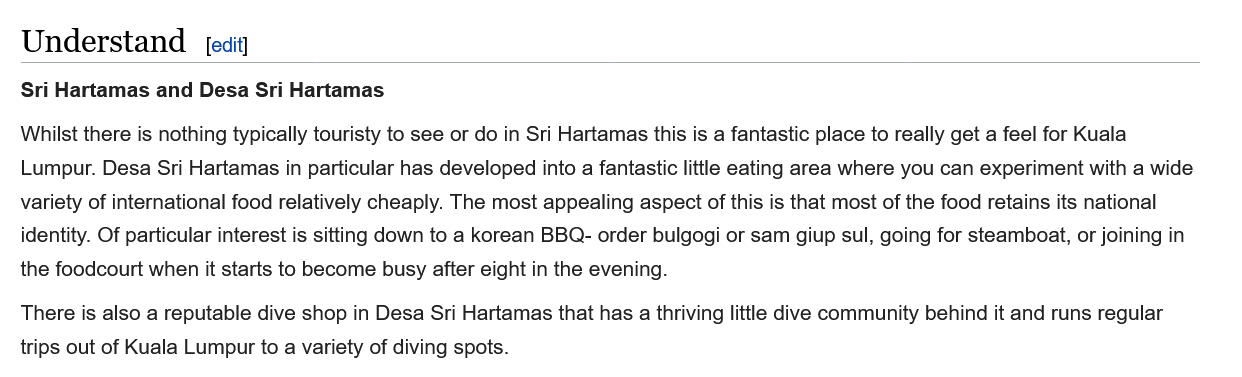
Understand
  Sri Hartamas and Desa Sri Hartamas
  Whilst there is nothing typically touristy to see or do in Sri Hartamas this is a fantastic place to really get a feel for Kuala
   Lumpur. Desa Sri Hartamas in particular has developed into a fantastic little eating area where you can experiment with a wide
  variety of international food relatively cheaply. The most appealing aspect of this is that most of the food retains its national
   identity. Of particular interest is sitting down to a korean BBQ- order bulgogi or sam giup sul, going for steamboat, or joining in
  the foodcourt when it starts to become busy after eight in the evening.
  There is also a reputable dive shop in Desa Sri Hartamas that has a thriving little dive community behind it and runs regular
  trips out of Kuala Lumpur to
  a
     variety of diving spots.